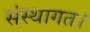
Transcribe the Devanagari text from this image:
संस्थागत।